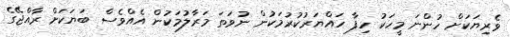
ވެރިޔަކަށް ހުންނަ މީހަކު ހިފާ ހައްޔަރުކުރުމަކުން ނުވަތަ މަރާލުމަކުން އެއްވެސް ބަޔަކަށް ރާއްޖޭގެ